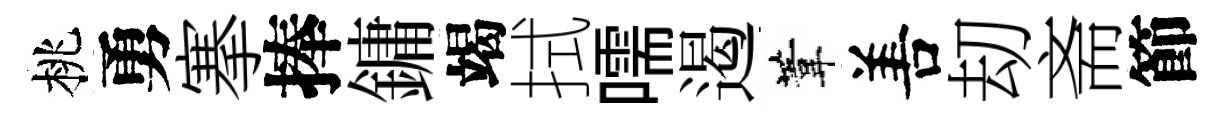
桃勇搴捧鏞竭拭嚅遏葦𠵊刧斋節